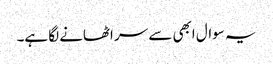
یہ سوال ابھی سے سر اٹھانے لگا ہے۔